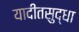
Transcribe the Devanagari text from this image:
यादीतसुद्धा